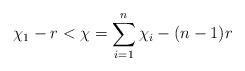
LaTeX: \begin{align*} \chi_1 - r < \chi = \sum\limits_{i=1}^n \chi_i - (n-1)r \end{align*}